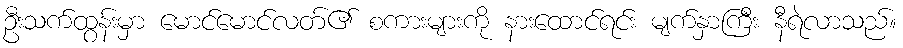
ဦးသက်ထွန်းမှာ မောင်မောင်လတ်၏ စကားများကို နားထောင်ရင်း မျက်နှာကြီး နီရဲလာသည်။